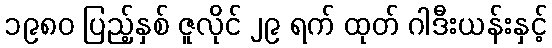
၁၉၈၀ ပြည့်နှစ် ဇူလိုင် ၂၉ ရက် ထုတ် ဂါဒီးယန်းနှင့်